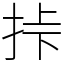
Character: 挊